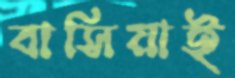
বাসিয়াই